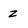
Character: Z